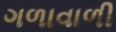
ગળાવાળી